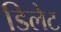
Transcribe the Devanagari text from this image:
डिलेट